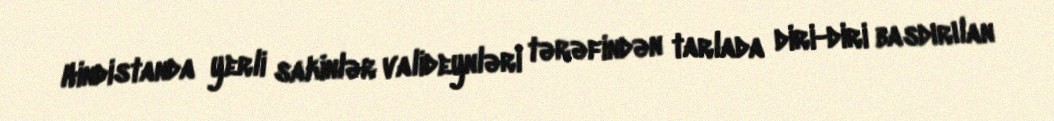
Hindistanda yerli sakinlər valideynləri tərəfindən tarlada diri-diri basdırılan